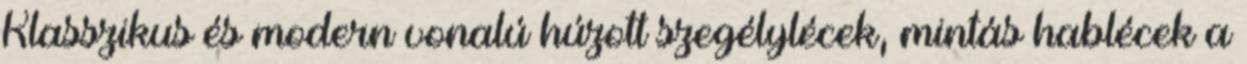
Klasszikus és modern vonalú húzott szegélylécek, mintás hablécek a